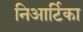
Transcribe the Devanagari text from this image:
निआर्टिका